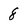
Character: 8